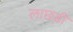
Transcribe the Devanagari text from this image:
लाछड़ी